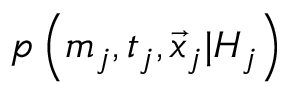
p \left( m _ { j } , t _ { j } , \vec { x } _ { j } \vert { \cal H } _ { j } \right)